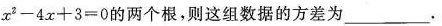
$$x ^ { 2 } - 4 x + 3 = 0$$的两个根，则这组数据的方差为___.